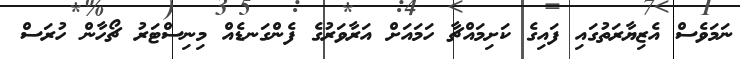
ނަމަވެސް އެޒިޔާރަތުގައި ފައިގެ ކަށިމައްޗާ ހަމައަށް އަރާވަރުގެ ފެންގަނޑެއް މިނިސްޓަރު ޗޯހާން ހުރަސް